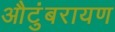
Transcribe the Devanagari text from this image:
औटुंबरायण